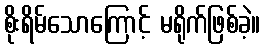
စိုးရိမ်သောကြောင့် မရိုက်ဖြစ်ခဲ့။